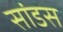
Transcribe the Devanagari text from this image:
सांडस